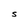
Character: S